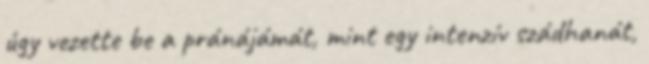
úgy vezette be a pránájámát, mint egy intenzív szádhanát,